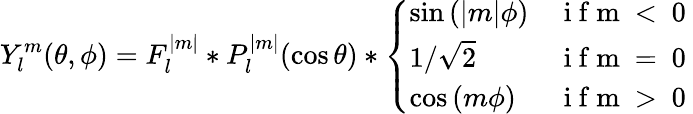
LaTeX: Y_{l}^{m}(\theta,\phi)=F_{l}^{|m|}*P_{l}^{|m|}(\cos{\theta})*\left\{ \begin{array}{ll}{\sin{(|m|\phi)}}&{\mathrm{~i~f~m~<~0~}}\\ {1/\sqrt{2}}&{\mathrm{~i~f~m~=~0~}}\\ {\cos{(m\phi)}}&{\mathrm{~i~f~m~>~0~}}\end{array}\right.